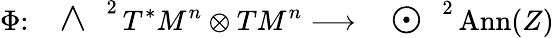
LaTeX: \Phi\colon\mathrm{~\Large~\wedge~}^{2}\, T^{*}M^{n}\otimes TM^{n}\longrightarrow\mathrm{~\Large~\odot~}^{2}\, {\mathrm{Ann}}(Z)